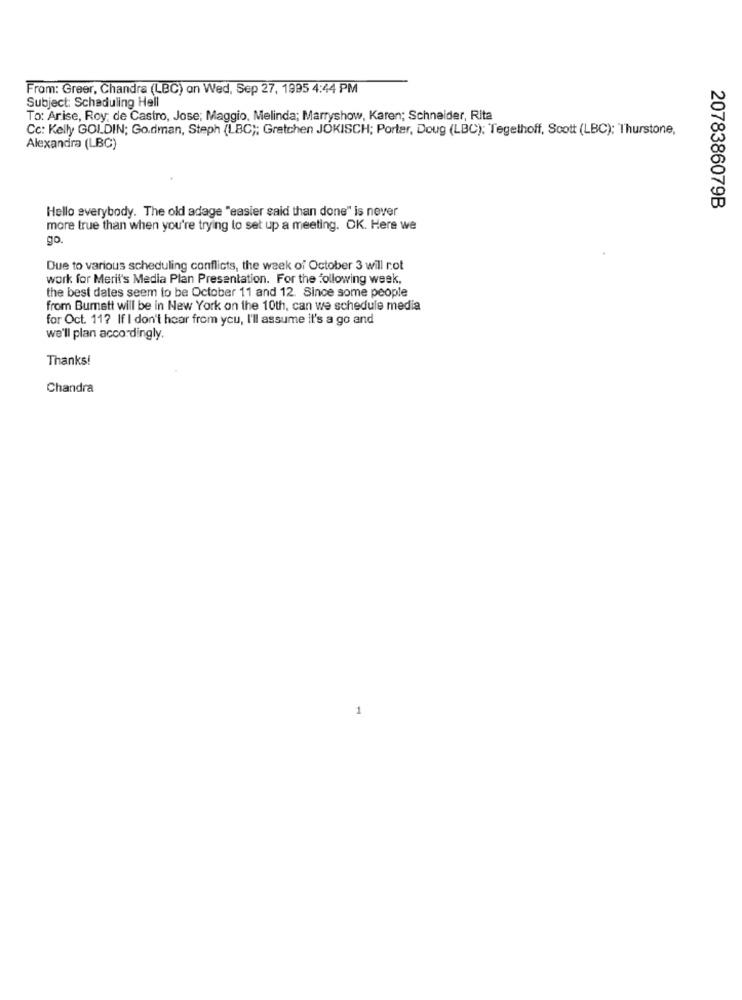
From: Greer, Chandra (LBC) on Wed, Sep 27, 1995 4:44 PM
Subject: Scheduling Hell
To: Arise, Roy; de Castro, Jose; Maggio, Melinda; Marryshow, Karen; Schneider, Rita
Cc: Kelly GOLDIN; Go.dman, Steph (LBC); Gretchen JOKISCH; Porter, Doug (LBC); Tegethoff, Scott (LBC); Thurstone,
Alexandra (LBC)
2078386079B
Hello everybody. The old adage "easier said than done" is never
more true than when you're trying to set up a meeting. OK. Here we
go.
Due to various scheduling conflicts, the week of October 3 will rot
work for Merit's Media Plan Presentation. For the following week,
the best dates seem to be October 11 and 12. Since some people
from Bumett will be in New York on the 10th, can we schedule media
for Oct. 117 If I don't hear from you, I'll assume it's a go and
we'll plan accordingly.
Thanks!
Chandra
1